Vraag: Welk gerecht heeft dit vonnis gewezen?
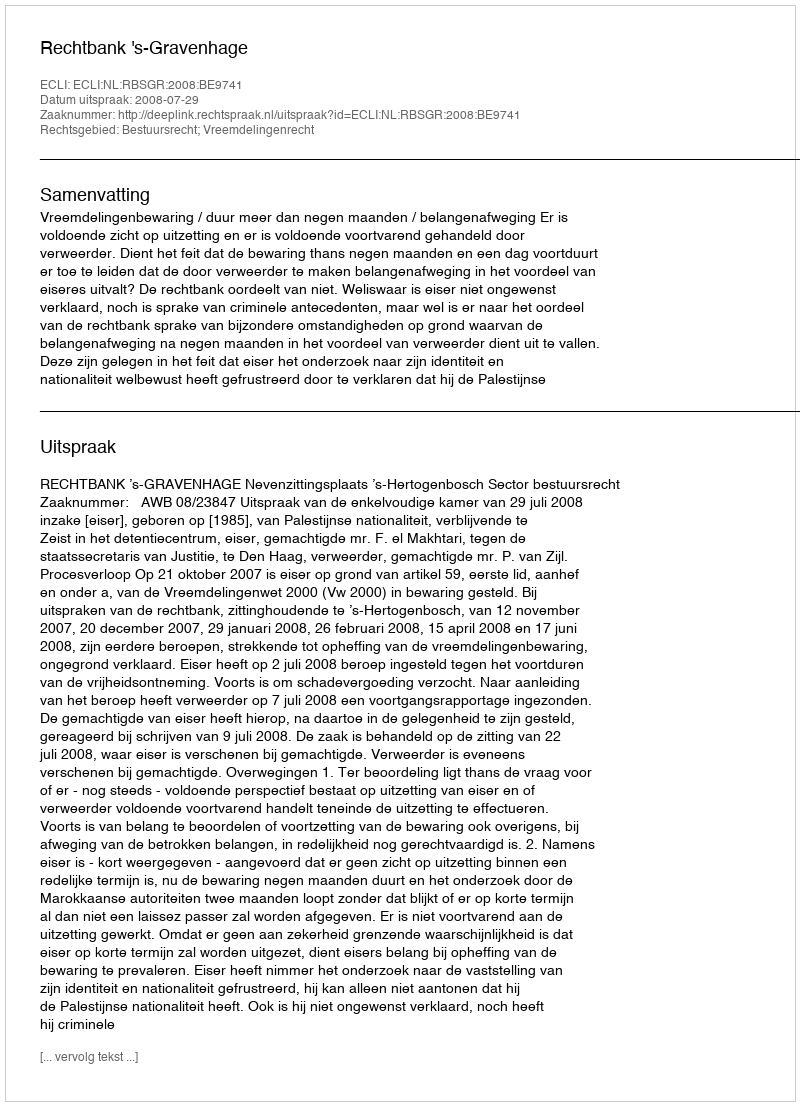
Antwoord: Rechtbank 's-Gravenhage